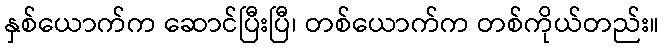
နှစ်ယောက်က ဆောင်ပြီးပြီ၊ တစ်ယောက်က တစ်ကိုယ်တည်း။